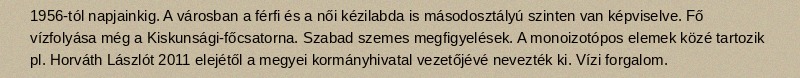
1956-tól napjainkig. A városban a férfi és a női kézilabda is másodosztályú szinten van képviselve. Fő vízfolyása még a Kiskunsági-főcsatorna. Szabad szemes megfigyelések. A monoizotópos elemek közé tartozik pl. Horváth Lászlót 2011 elejétől a megyei kormányhivatal vezetőjévé nevezték ki. Vízi forgalom.